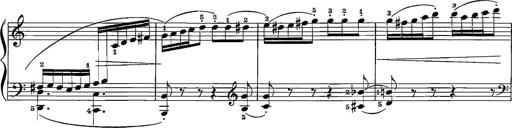
Title: 12 Sonatinas
Composer: Ignaz Pleyel